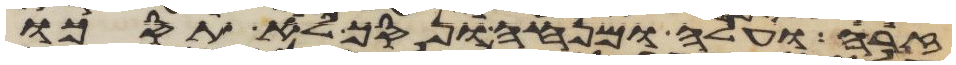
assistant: זרה ועלה ומנחה ונסך לא תסכו